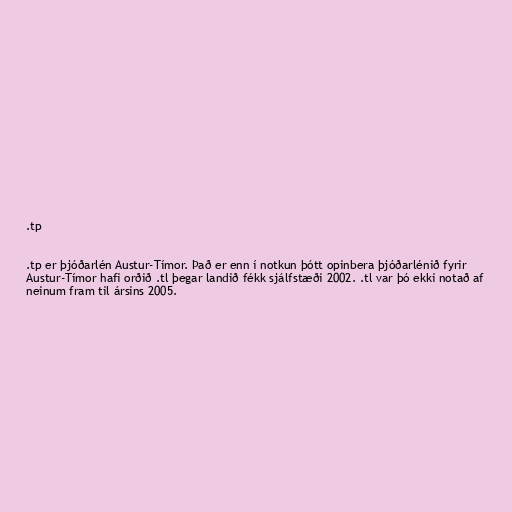
.tp

.tp er þjóðarlén Austur-Tímor. Það er enn í notkun þótt opinbera þjóðarlénið fyrir
Austur-Tímor hafi orðið .tl þegar landið fékk sjálfstæði 2002. .tl var þó ekki notað af
neinum fram til ársins 2005.